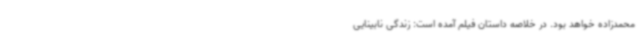
محمدزاده خواهد بود. در خلاصه داستان فیلم آمده است: زندگی نابینایی